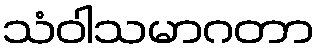
သံဝါသမာဂတာ